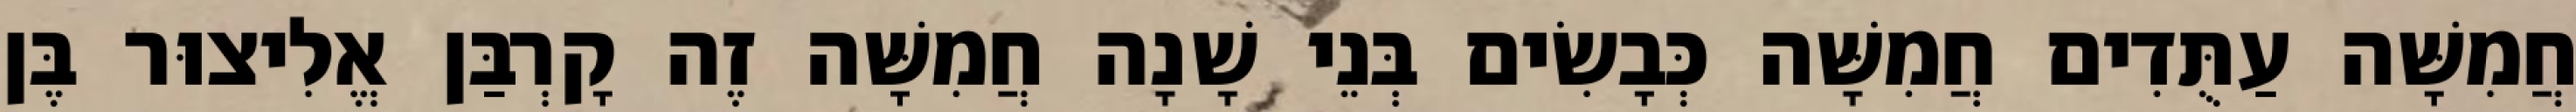
חֲמִשָּׁה עַתֻּדִים חֲמִשָּׁה כְּבָשִׂים בְּנֵי שָׁנָה חֲמִשָּׁה זֶה קָרְבַּן אֱלִיצוּר בֶּן